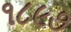
૧૮૯૭